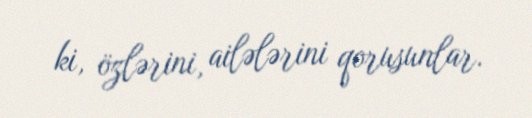
ki, özlərini, ailələrini qorusunlar.